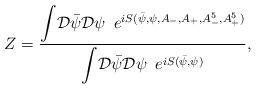
LaTeX: \begin{align*}Z = \frac{ {\displaystyle \int} {\cal D}{\bar \psi} {\cal D} \psi\,\,\, {\displaystyle e}^{iS ( {\bar \psi}, \psi, A_-, A_+,A^5_-, A^5_+) }}{{\displaystyle \int} {\cal D}{\bar \psi} {\cal D} \psi\,\,\, {\displaystyle e}^{iS ( {\bar \psi}, \psi)}}, \end{align*}